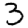
Digit: 3